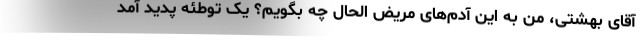
آقای بهشتی، من به این آدم‌های مریض الحال چه بگویم؟ یک توطئه پدید آمد